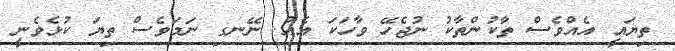
ތިޔައީ އެއްވެސް ތާކުންތާކު ނުޖެހޭ ވާހަކަ އެއް. ނޭނގި ނަމަވެސް ތިޔަ ކުޅެވެނީ